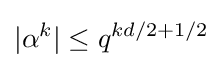
|\alpha ^{k}|\leq q^{kd/2+1/2}